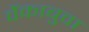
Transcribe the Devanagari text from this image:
वेंकाबुवा